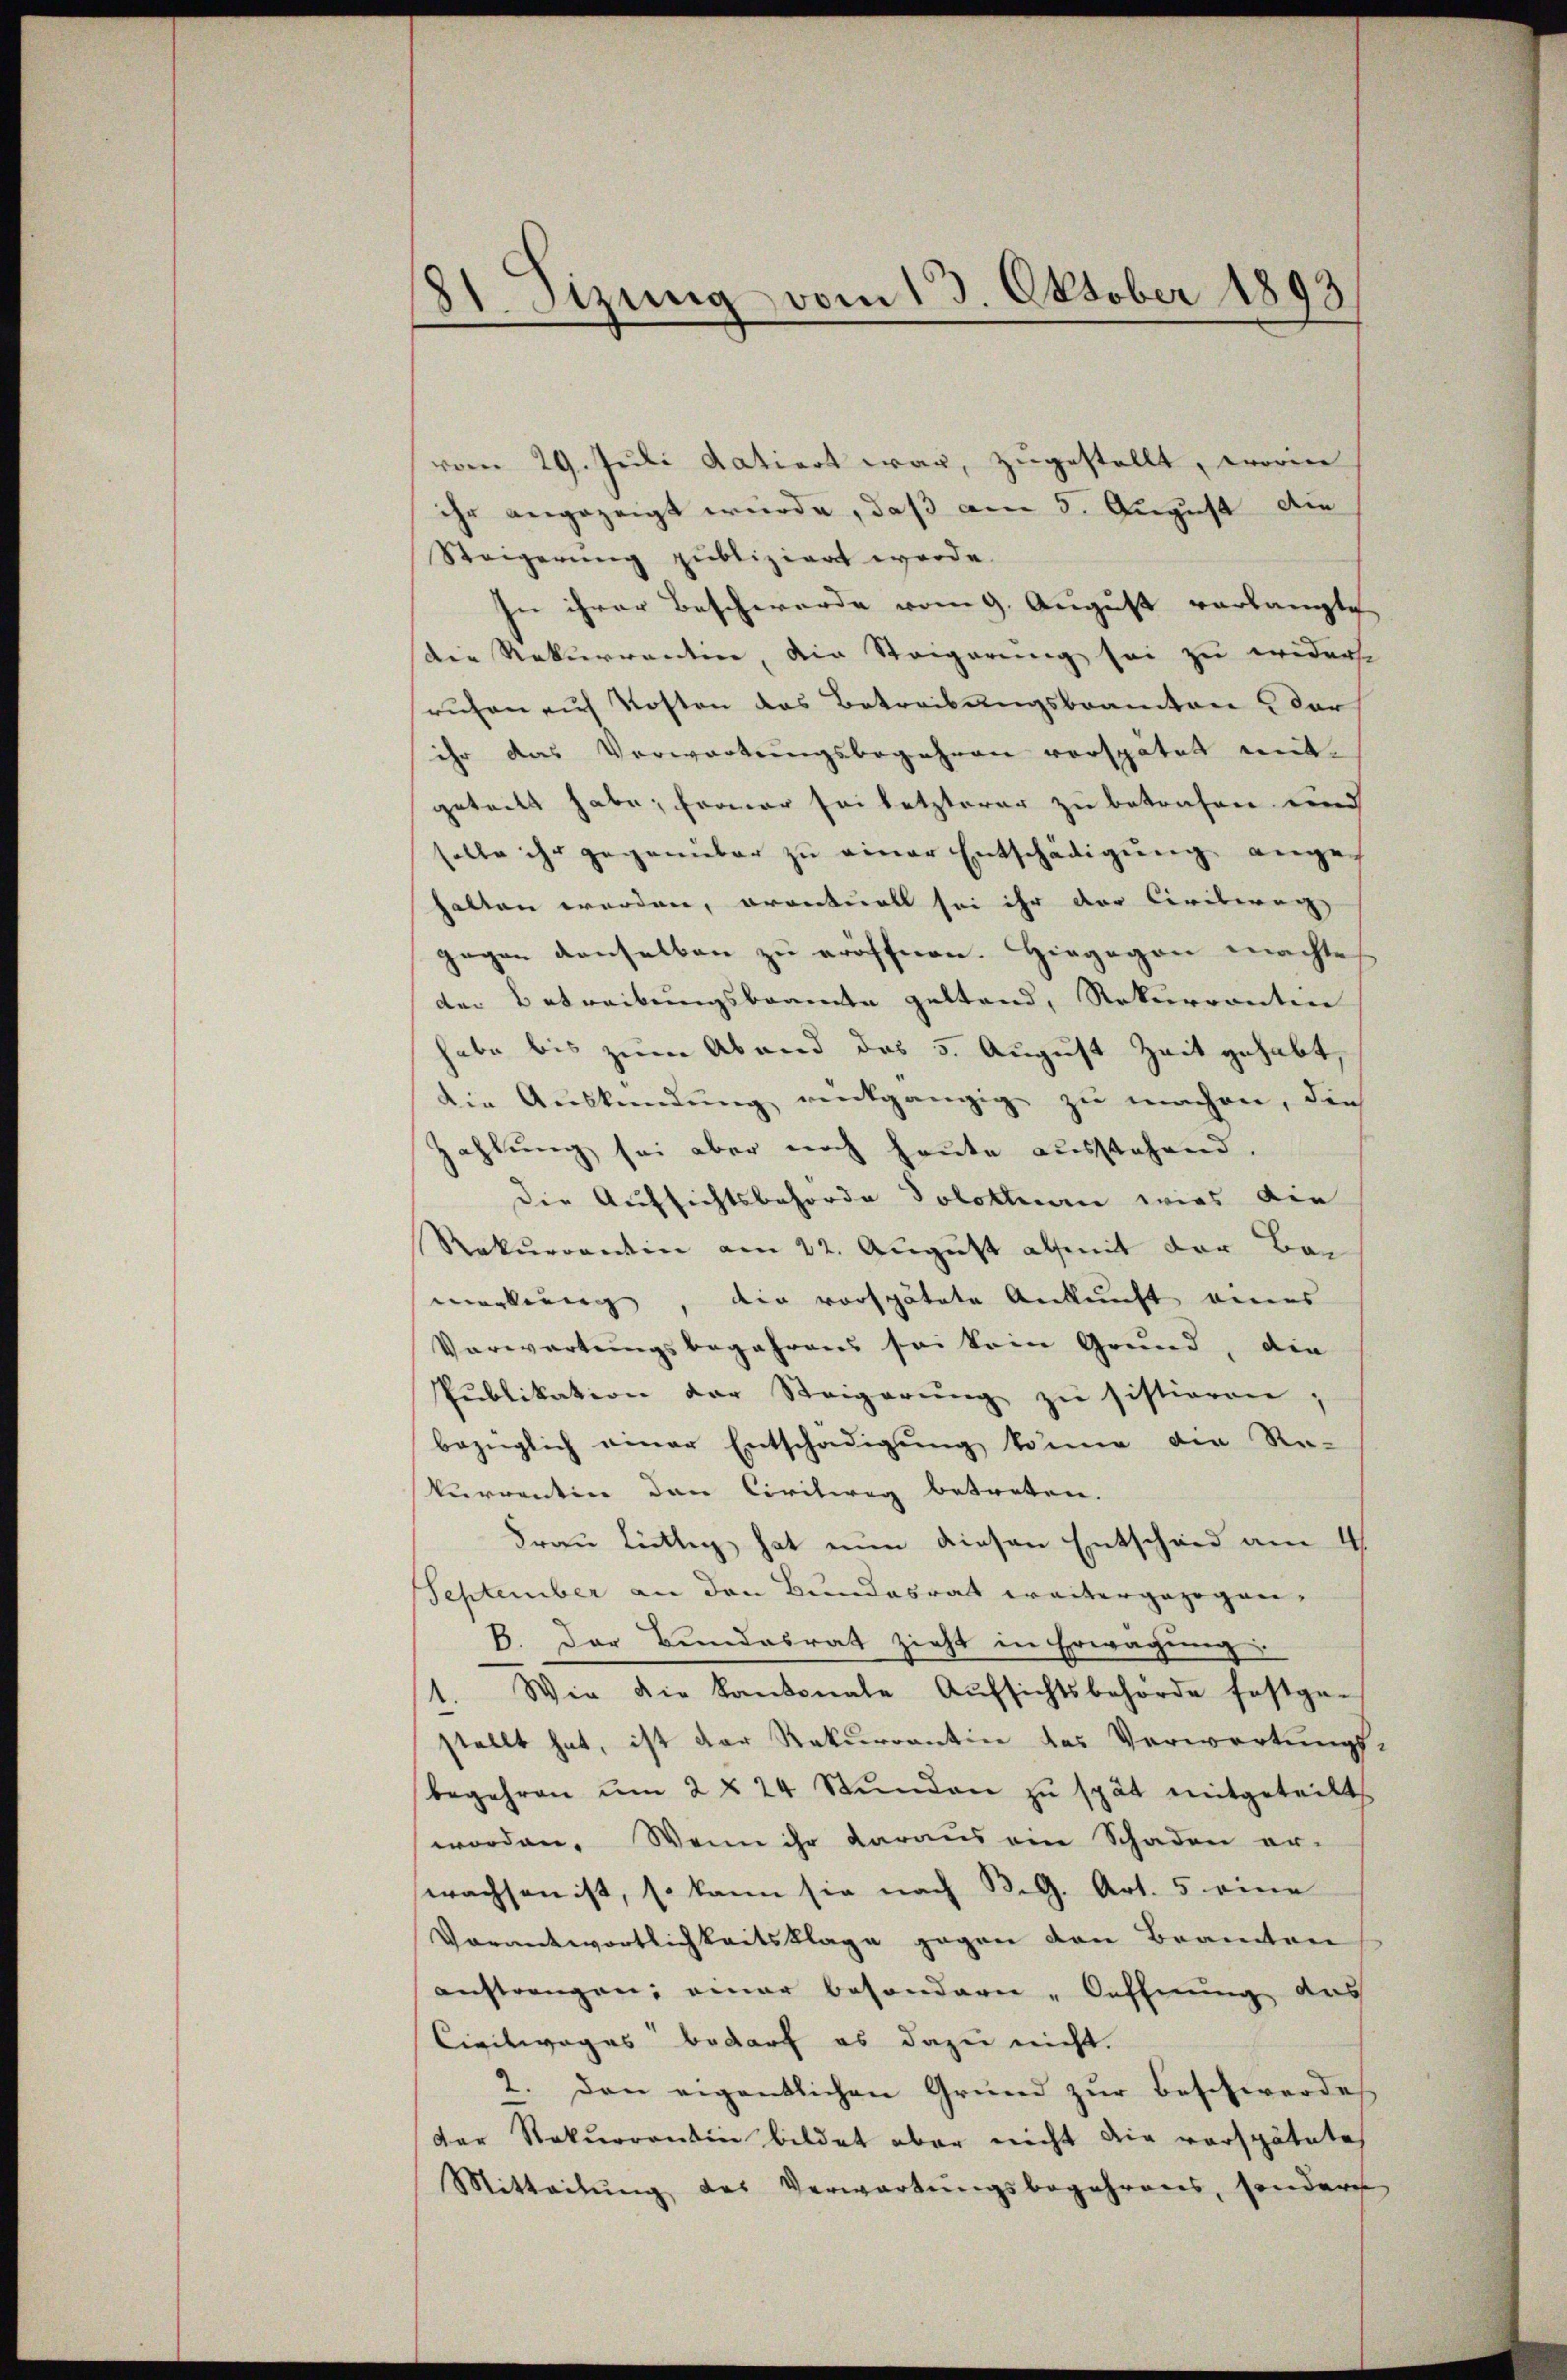
181. Sizung vom 13. Oktober 1893

vom 29. Juli datiert war, zugestellt, worin
ihr angezeigt wurde, daß am 5. August die
Steigerŭng publiziert werde.
In ihrer Beschwerde vom 9. August verlangte
Die Rekurrentin, die Steigerung sei zu widerse
ruhen auf Kosten das Betreibungsbeamten der
ihr das Verwartungsbegehren verspätet mit-
geteilt habe; ferner sei letzterer zu betrafen und
solle ihr gegenüber zu einer Entschädigung angehalten worden, oranture sei ihr der Civilreg
gegen denselben zu eröffnen. Hiegegen machte
der Betreibungsbeamte gestand, Rekurrenten
habe bis zum Abend des 5. August Zeit gehabt,
die Auskündung rückgängig zu machen, die
zahlung sei aber noch heute ausstehend.
die Aufsichtsbehörde dolothurn wies die
Rekurrentin am 22. August als mit der Bei
merkung, die verspätete Ankunft eines
Verwartungsbegehrens sei kein Grund, die
Pŭblikation der Steigerŭng zŭ sistieren,
bezüglich einer Entschädigung könne die Re-
kurrentin den Civilweg betreten.
Frau Lichtig hat nun diesen Entscheid am 4
September an den Bundesrat weitergezogen.
B. Der Bundesrat zieht in Erwägung:
Wie die Kantonale Aŭfsichtsbehörde festge-
stellt hat, ist der Rekurrentin des Verwartungs-
begehren ŭm 2 § 24 Stŭnden zŭ spät mitgeteilt.
worden. Wenn ihr daraus ein Schaden er-
wachsen ist, so kann sie nach B.G. Art. 5 eine
Vorantwortlichkeitsklage gegen den Beamten
austrengen; einer besondern „Oeffnung das
Civilwages bedarf es dazu nicht.
2. den eigentlichen Grund zŭr Beschwerdes
der Rekurrentin bildet aber nicht die verspätete
Mitteilŭng des Verwartungsbegehrens, sondern